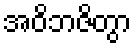
အဝိဘဇိတွာ